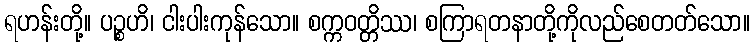
ရဟန်းတို့။ ပဉ္စဟိ၊ ငါးပါးကုန်သော။ စက္ကဝတ္တိဿ၊ စကြာရတနာတို့ကိုလည်စေတတ်သော။